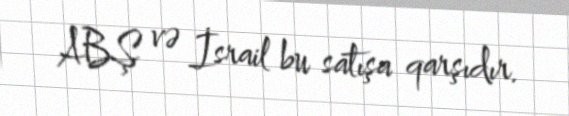
ABŞ və İsrail bu satışa qarşıdır.